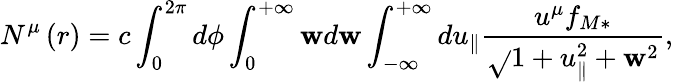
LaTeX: N^{\mu}\left(r\right)=c\int_{0}^{2\pi}d\phi\int_{0}^{+\infty}\mathbf{w}d\mathbf{w}\int_{-\infty}^{+\infty}du_{\parallel}\frac{{u^{\mu}f_{M\ast}}}{{\sqrt{}{{1+u_{\parallel}^{2}+\mathbf{w}^{2}}}}},